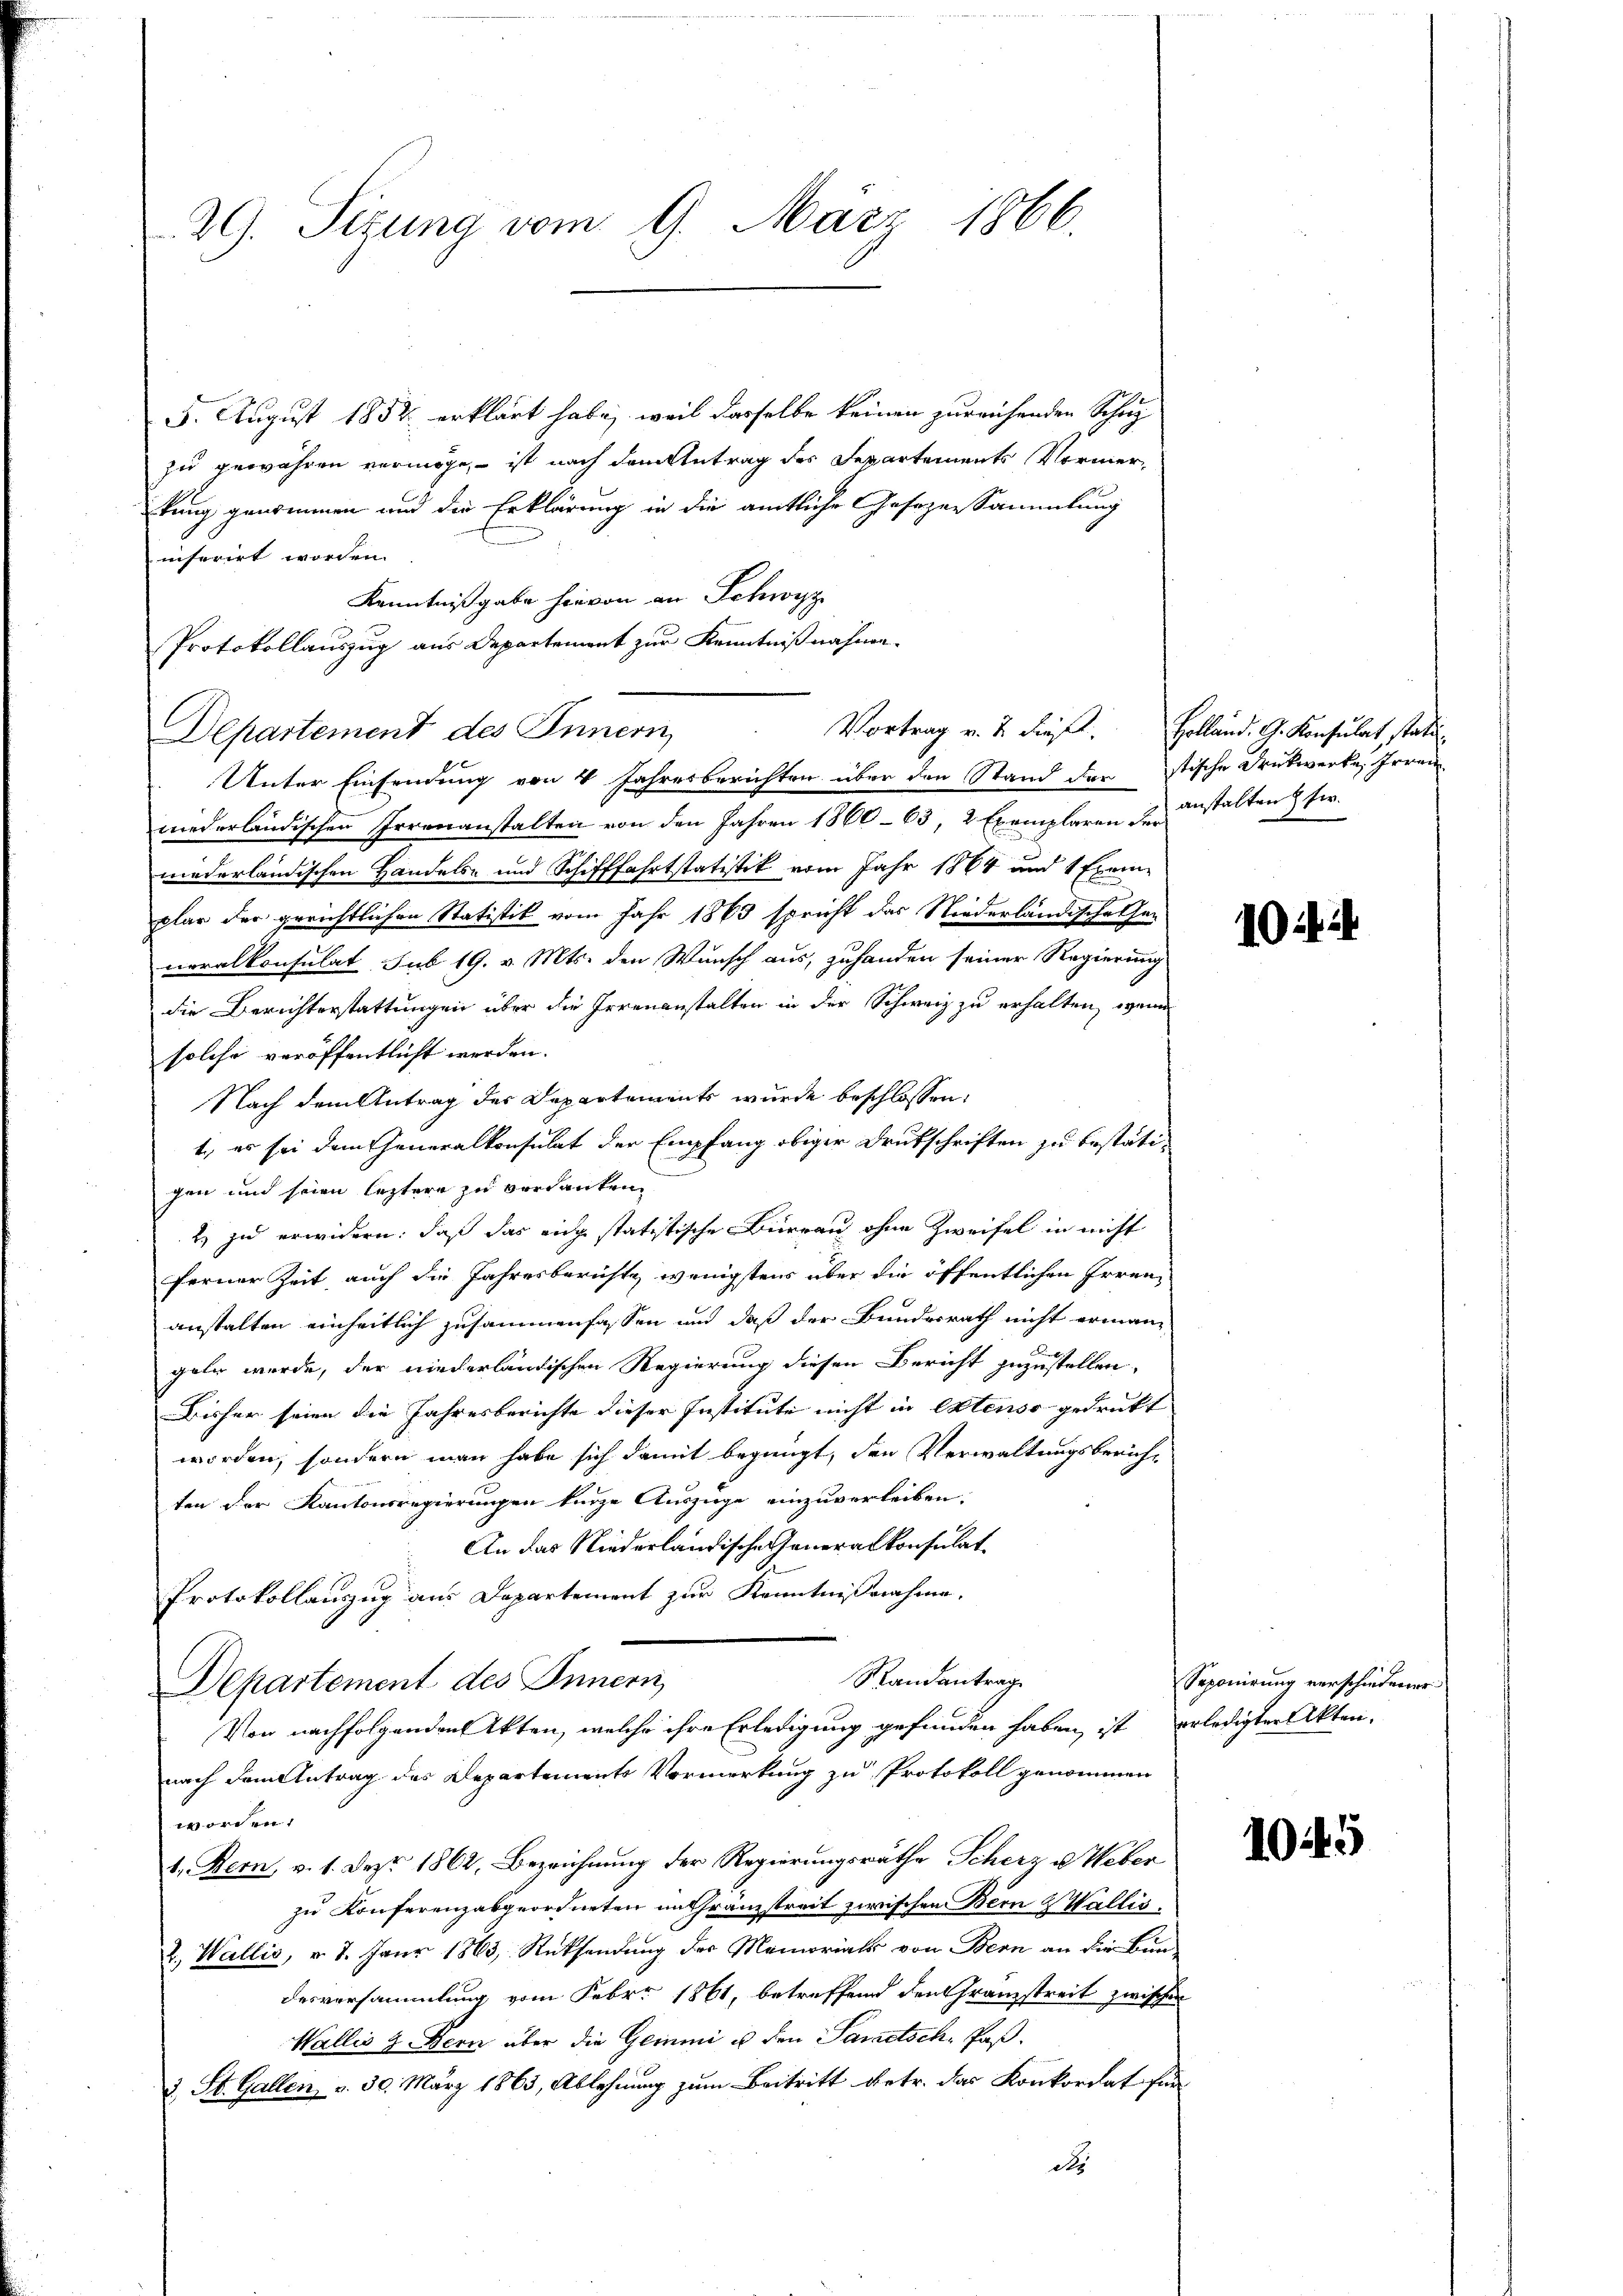
29. Sizung vom 9. März 1866.

5. August 1852 erklärt habe, weil dasselbe keinen zureichenden Schup
zu gewähren vermöge, – ist nach dem Antrag des Separtements Vormerkung genommen und der Erklärung in die amtliche Gesezessammlung
nferirt worden.
Kenntnißgabe hievon an Schwyz
Protokollauszug aus Departement zur Kenntnißnahme.
Departement des Innern
nederländischen Irrenanstalten von den Jahren 1860 - 63, 2 Exemplaren anstalten ferniederländischen Handels- und Schifffahrtstatistik vom Jahr 1864 und 1 Exemplar der gerichtlichen Statistik vom Jahr 1863 spricht das Niederländische Generalkonsulat sub 19. v. Mts. den Wunsch aus, zuhanden seiner Regierung
die Berichterstattungen über die Irrenanstalten in der Schweiz zu erhalten, wenn
solche veröffentlicht werden.
Nach dem Antrag des Departements wurde beschlossen:
1., es sei dem Generalkonsulat der Empfang obiger Deutschriften zu bestätigen und seien letztere zu verdanken
2) zu erwidern: daß das eige statistische Büreau ohne Zweifel in nicht
ferner Zeit auch die Jahresberuhte wenigstens über die öffentlichen Irrenanstalten einheitlich zusammenfassen und daß der Bundesrath nicht erman-
geln werde, der niederländischen Regierung diesen Bericht zuzustellen,
Bisher seien die Jahresberichte dieser Institute nicht in extenso gedrukt
worden, sondern man habe sich damit begnügt, den Verwaltungsberichten der Kantonsregierungen kurze Auszüge einzuverleiben.
An das Niederländische Generalkonsulat
Protokollauszug aus Departement zur Kenntnißnahme.
Randantrag
Departement des Innern
Von nachfolgenden Akten, welche ihre Erledigung gefunden haben, ist erledigter Akten.
nach dem Antrag des Departements Vormerkung zu Protokoll genommen
worden.
1. Bern, v. 1. Dez. 1862, Bezeichnung der Regierungsräthe Scherz u. Weber
zu Konferenzabgeordneten in Gränzstreit zwischen Bern & Wallis,
2. Wallis, v. 7. Janr 1863, Rücksendung des Memorials von Bern an die Bun-
desversammlung vom Febr. 1861, betreffend den Franzstreit zwischen
Wallis 9. Bern aber die Gemmi u den Pandtsch, Paß¬
3 St. Gallen, v. 30. März 1863, Ablehnung zum Beitritt betr. das Konkordat findo

Unter Einsendung von 4 Jahresberichten über den Stand der stische Drückwerke, Irren

Vortrag v. 2. diesel. Holland. G. Konsulat, stati

104

Seponirung verschiedener

1045